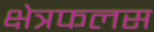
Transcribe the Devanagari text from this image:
क्षेत्रफलस